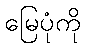
မြေပုံကို